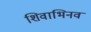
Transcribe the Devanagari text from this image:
शिवाभिनव